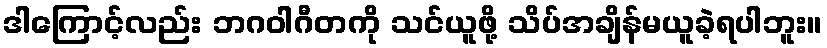
ဒါကြောင့်လည်း ဘဂဝါဂီတကို သင်ယူဖို့ သိပ်အချိန်မယူခဲ့ရပါဘူး။